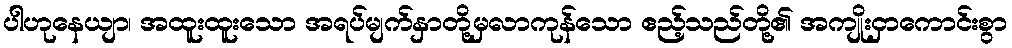
ပါဟုနေယျာ၊ အထူးထူးသော အရပ်မျက်နှာတို့မှလာကုန်သော ဧည့်သည်တို့၏ အကျိုးငှာကောင်းစွာ